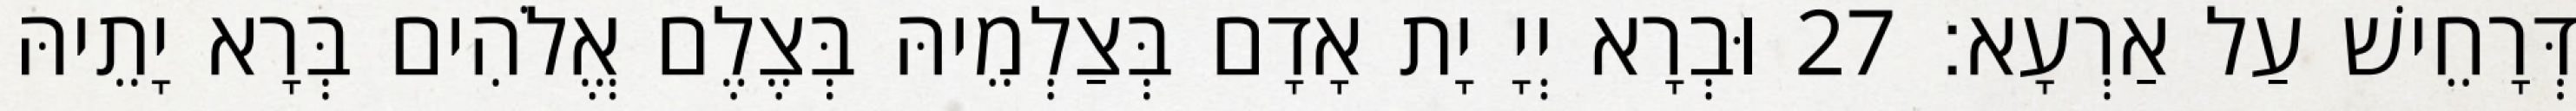
דְּרָחֵישׁ עַל אַרְעָא׃ 27 וּבְרָא יְיָ יָת אָדָם בְּצַלְמֵיהּ בְּצֶלֶם אֱלֹהִים בְּרָא יָתֵיהּ